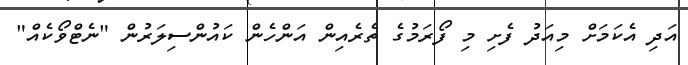
އަދި އެކަމަށް މިއަދު ފެށި މި ފޯރަމުގެ ތެރެއިން އަންހެން ކައުންސިލަރުން "ނެޓްވޯކެއް"